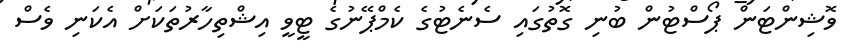
ވޮޝިންޓަން ޕޯސްޓުން ބުނި ގޮތުގައި ސެނެޓުގެ ކެމްޕޭނުގެ ޓީވީ އިޝްތިހާރުތަކަށް އެކަނި ވެސް